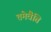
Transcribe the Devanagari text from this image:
तमेवैति